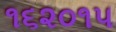
૧૬૨૦૧૫